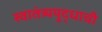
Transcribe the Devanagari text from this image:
स्वातंत्र्ययुद्धाची